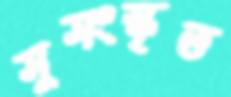
সুসংস্কৃত